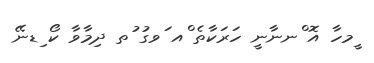
ީމހާ އޮ ްނނާނީ ހަރަކާތެ ްއ ަވގު ުތ ދިމާވާ ކޯ ިޑނޭ